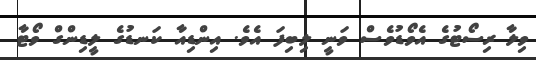
ވިލާ ރިސޯޓުގެ އެވޯޑުވެސް ވަނީ ލިބިފަ އެވެ. އިންޑިއާ ކަނޑުގެ ލީޑިންގް ވޯޓާ